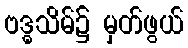
ဗဒ္ဓသိမ်၌ မှတ်ဖွယ်